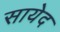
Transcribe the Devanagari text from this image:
सायेद